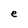
Character: e